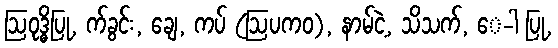
ဩဝုဒ္ဓိပြု, က်ခွင်း, ချေ, ကပ် (ဩပကဝ), နာမ်ငဲ့, သိသက်, ေ-ါ ပြု,